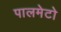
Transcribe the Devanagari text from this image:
पालमेटो